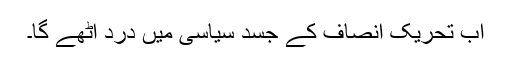
اب تحریک انصاف کے جسدِ سیاسی میں درد اٹھے گا۔